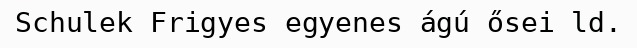
Schulek Frigyes egyenes ágú ősei ld.